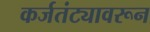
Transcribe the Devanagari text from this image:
कर्जतंट्यावरून